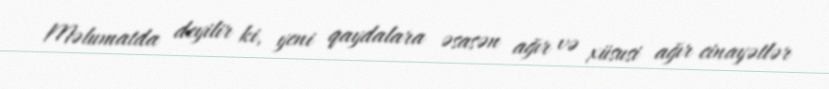
Məlumatda deyilir ki, yeni qaydalara əsasən ağır və xüsusi ağır cinayətlər